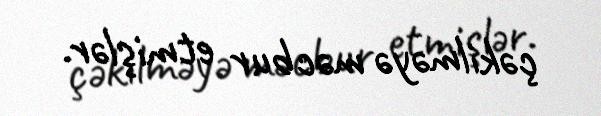
çəkilməyə məcbur etmişlər.